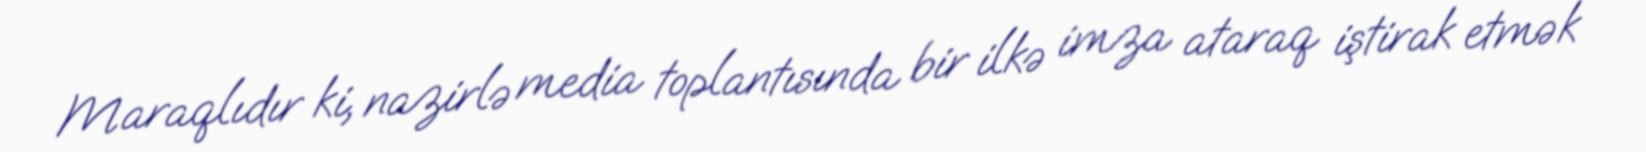
Maraqlıdır ki, nazirlə media toplantısında bir ilkə imza ataraq iştirak etmək